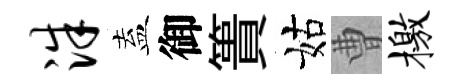
洙盍御簣姑曹檄